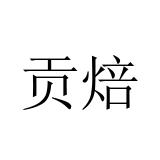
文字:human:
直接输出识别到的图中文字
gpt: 贡焙